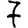
Digit: 7